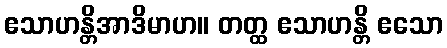
ဧသာဟန္တိအာဒိမာဟ။ တတ္ထ ဧသာဟန္တိ ဧသော